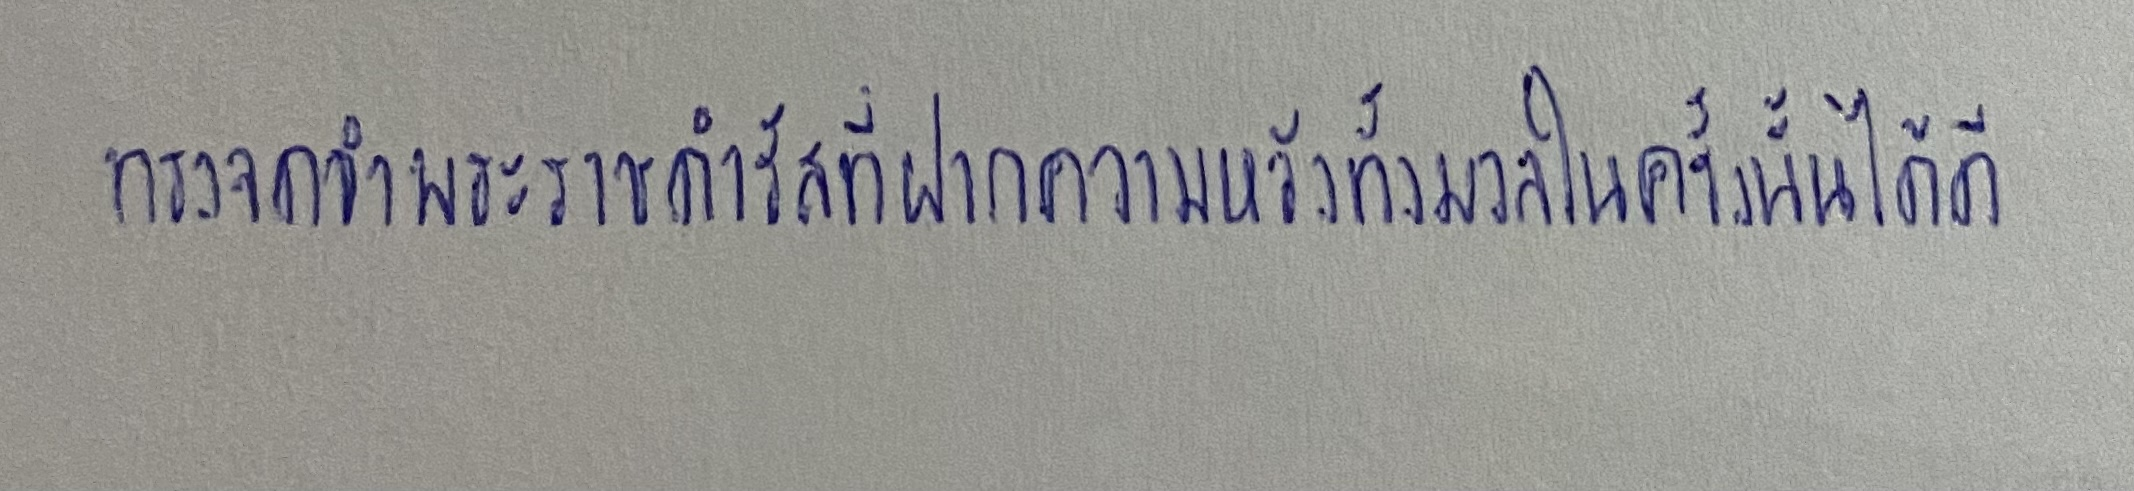
ทรงจดจำพระราชดำรัสที่ฝากความหวังทั้งมวลในครั้งนั้นได้ดี